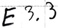
Text: E3.3